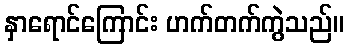
နှာရောင်ကြောင်း ဟက်တက်ကွဲသည်။